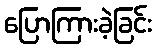
ပြောကြားခဲ့ခြင်း